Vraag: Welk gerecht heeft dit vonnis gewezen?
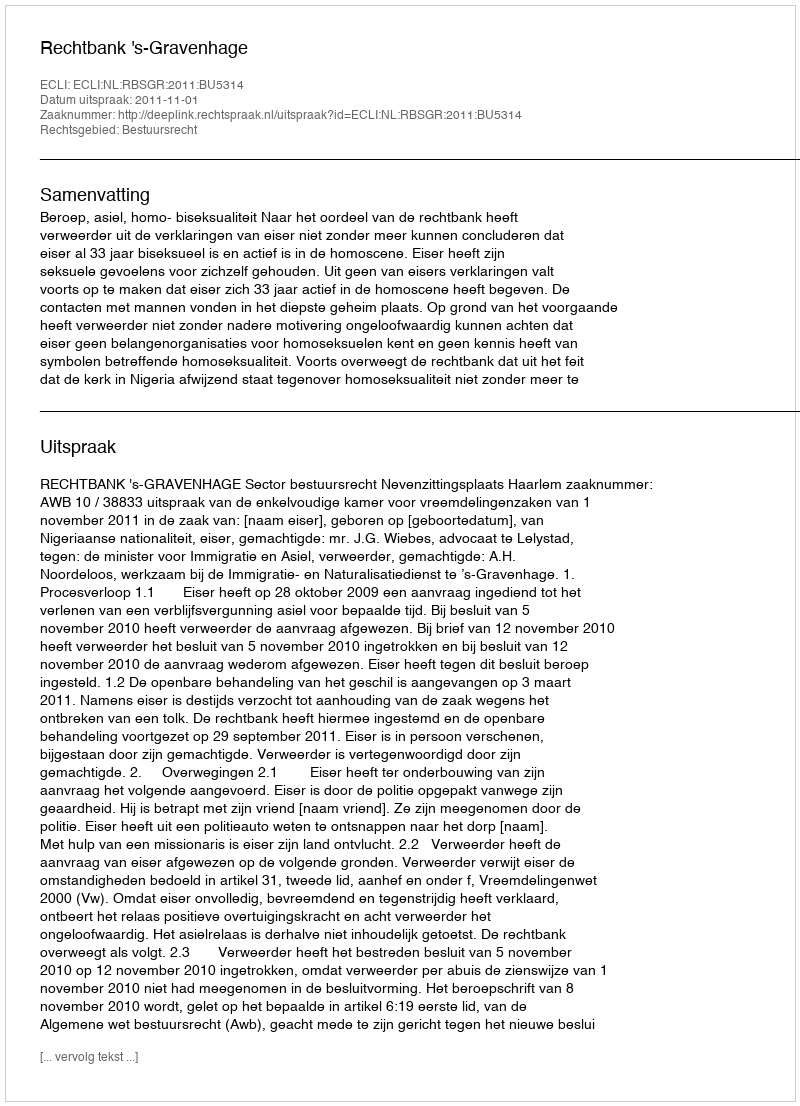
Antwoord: Rechtbank 's-Gravenhage